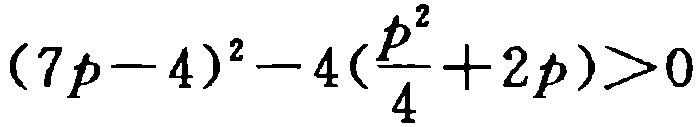
\((7p - 4)^2 - 4(\frac{p^2}{4} + 2p)>0\)